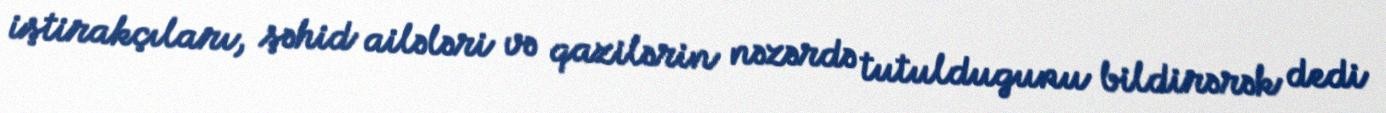
iştirakçıları, şəhid ailələri və qazilərin nəzərdə tutuldugunu bildirərək dedi